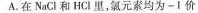
A.在NaCl和HCl里，氯元素均为-I价